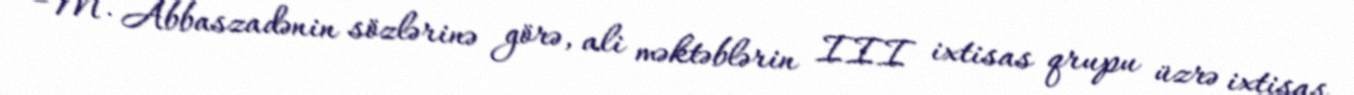
M. Abbaszadənin sözlərinə görə, ali məktəblərin III ixtisas qrupu üzrə ixtisas